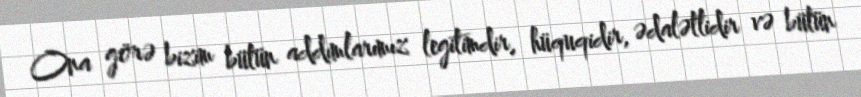
Ona görə bizim bütün addımlarımız legitimdir, hüquqidir, ədalətlidir və bütün